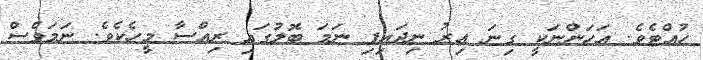
ހުއްޓެވެ. އަހަންނަކީ ގިނަ އިރު ނިދައިފި ނަމަ ބޮލުގައި ރިއްސާ މީހެކެވެ. ނަމަވެސް